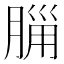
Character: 𣎂